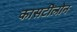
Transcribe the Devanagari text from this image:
कासटीलोन